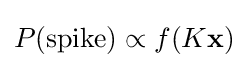
P({\textrm {spike}})\propto f(K\mathbf {x} )